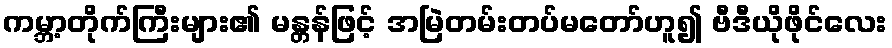
ကမ္ဘာ့တိုက်ကြီးများ၏ မန္တန်ဖြင့် အမြဲတမ်းတပ်မတော်ဟူ၍ ဗီဒီယိုဖိုင်လေး